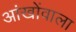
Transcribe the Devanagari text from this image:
आंखोंवाला